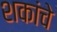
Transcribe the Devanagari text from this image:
शकांचे